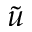
\tilde { u }